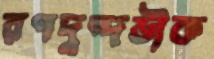
রণদুন্দভীক